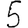
Digit: 5